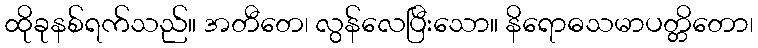
ထိုခုနစ်ရက်သည်။ အတီတေ၊ လွန်လေပြီးသော။ နိရောဓသမာပတ္တိတော၊